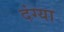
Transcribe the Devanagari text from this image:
दंग्या